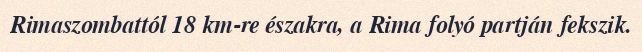
Rimaszombattól 18 km-re északra, a Rima folyó partján fekszik.